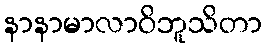
နာနာမာလာဝိဘူသိတာ